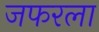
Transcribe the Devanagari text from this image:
जफरला